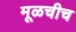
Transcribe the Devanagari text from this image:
मूळचीच